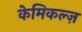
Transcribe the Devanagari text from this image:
केमिकल्ज़